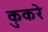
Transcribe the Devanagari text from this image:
कुकरे